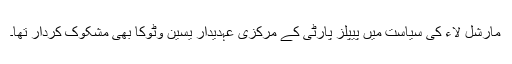
مارشل لاء کی سیاست میں پیپلز پارٹی کے مرکزی عہدیدار یٰسین وٹوکا بھی مشکوک کردار تھا۔